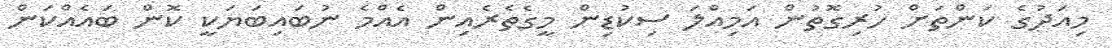
މިއަދުގެ ކަންތަށް ހުރިގޮތުން އަމިއްލަ ސިކުޑިން މީގެތެރެއިން އެއްމެ ނުބައިބަޔަކީ ކޮން ބައެއްކަން